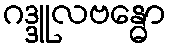
ဂဒ္ဒူလဗန္ဓော